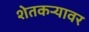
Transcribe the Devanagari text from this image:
शेतकऱ्यावर